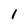
Character: 1